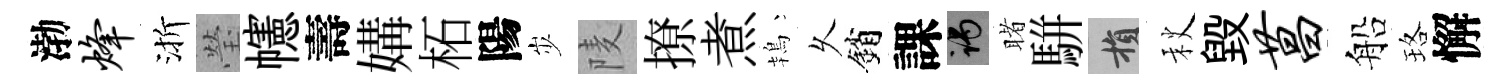
渤烽渐瑩幰壽媾柘陽𡵯𨹧撩煮鴇乆銷課谒睹駢損秋毁菖船珞懈